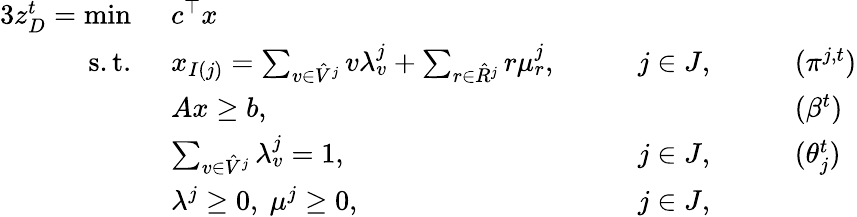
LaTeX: \begin{array}{rlrlrl}{{3}{z}_{D}^{t}=\operatorname*{min}\ }&{c^{\top}x}\\ {\mathrm{s.t.~}}&{x_{I(j)}=\sum_{v\in\hat{V}^{j}}v\lambda_{v}^{j}+\sum_{r\in\hat{R}^{j}}r\mu_{r}^{j},\quad}&&{j\in J,\quad}&&{(\pi^{j,t})}\\ &{Ax\geq b,\quad}&&{}&&{(\beta^{t})}\\ &{\sum_{v\in\hat{V}^{j}}\lambda_{v}^{j}=1,\quad}&&{j\in J,\quad}&&{(\theta_{j}^{t})}\\ &{\lambda^{j}\geq 0,~\mu^{j}\geq 0,\quad}&&{j\in J,}\end{array}